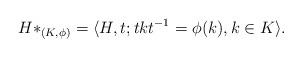
LaTeX: \begin{align*}H\ast_{(K, \phi)}=\langle H, t; tkt^{-1}=\phi(k), k\in K\rangle.\end{align*}